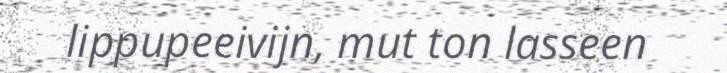
lippupeeivijn, mut ton lasseen